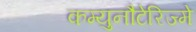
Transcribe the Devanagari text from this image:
कम्युनौटेरिज्मे